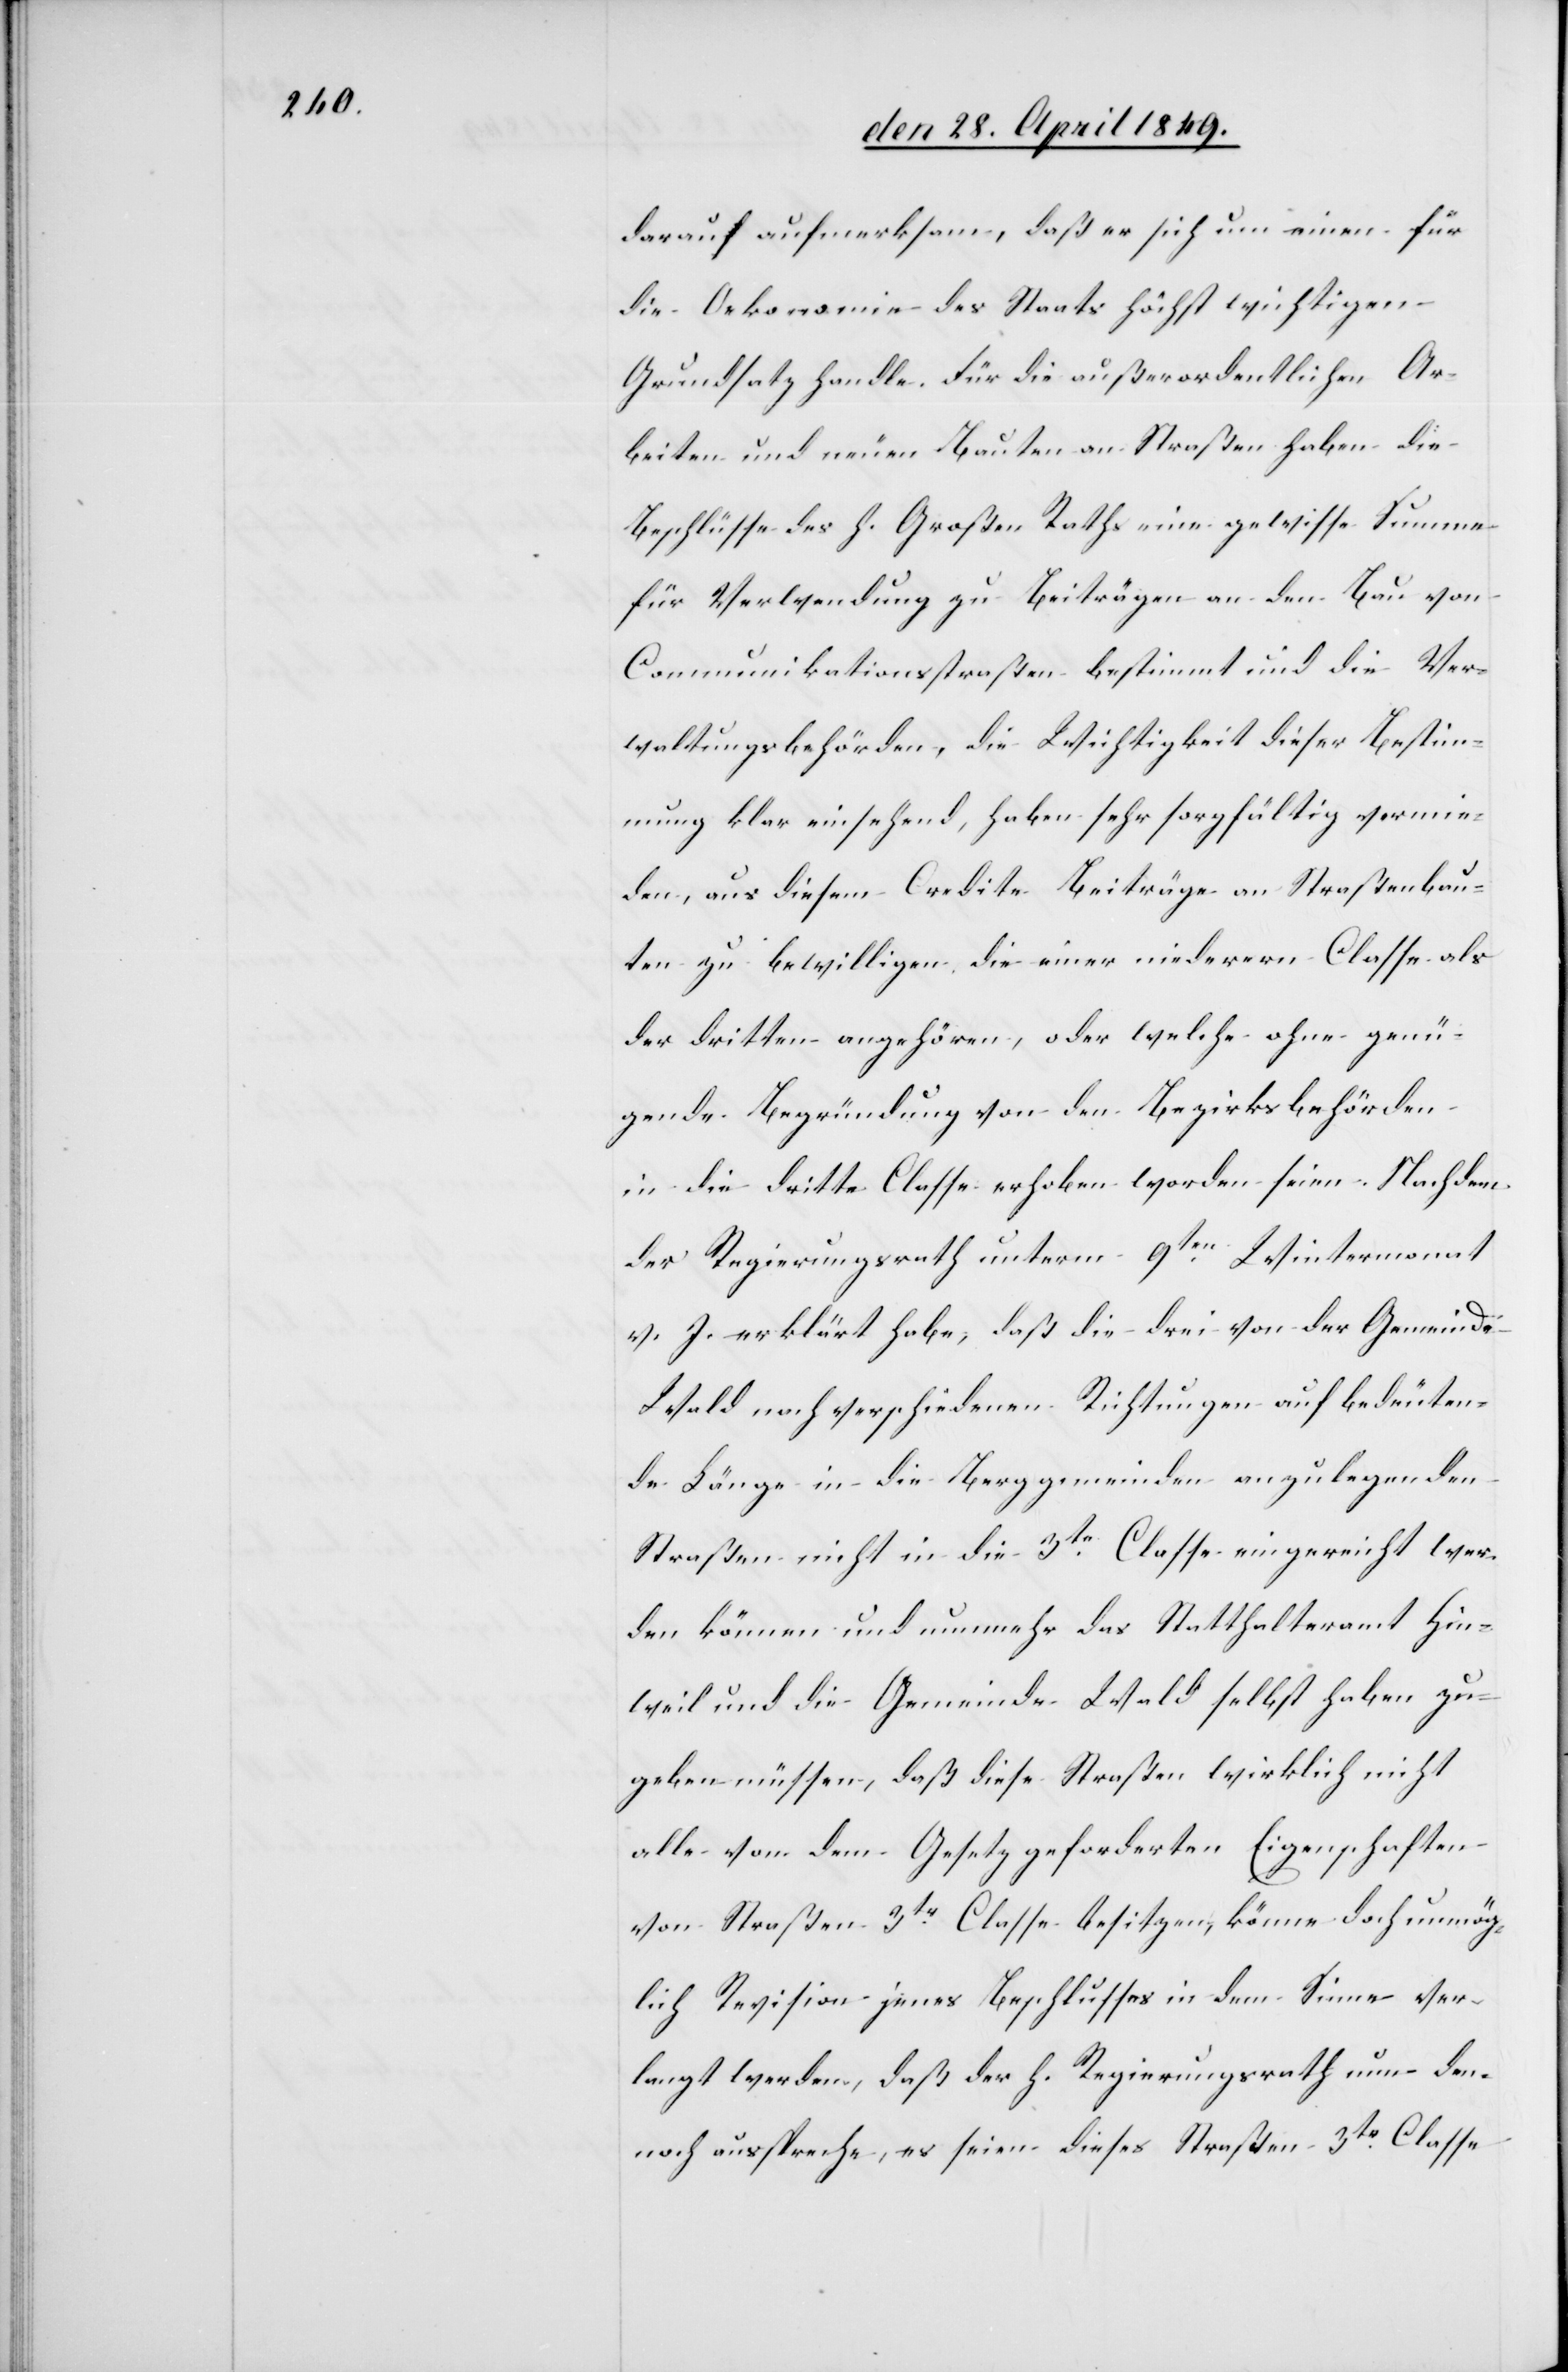
darauf aufmerksam, daß er sich um einen für
die Oekonomie des Staats höchst wichtigen
Grundsatz handle. Für die außerordentlichen Ar¬
beiten und neuen Bauten an Straßen haben die
Beschlüsse des h. Großen Raths eine gewisse Summe
für Verwendung zu Beiträgen an den Bau von
Communikationsstraßen bestimmt und die Ver¬
waltungsbehörden, die Wichtigkeit dieser Bestim¬
mung klar einsehend, haben sehr sorgfältig vermie¬
den, aus diesem Credite Beiträge an Straßenbau¬
ten zu bewilligen die einer niederern Classe als
der dritten angehören, oder welche ohne genü¬
gende Begründung von den Bezirksbehörden
in die dritte Classe erhoben worden seien. Nachdem
der Regierungsrath unterm 9ten Wintermonat
v. J. erklärt habe, daß die drei von der Gemeinde
Wald noch verschiedenen Richtungen auf bedeuten¬
de Länge in die Berggemeinden anzulegenden
Straßen nicht in die 3te Classe eingereicht wer¬
den können und nunmehr das Statthalteramt Hin¬
weil und die Gemeinde Wald selbst haben zu¬
geben müssen, daß diese Straßen wirklich nicht
alle von dem Gesetz geforderten Eigenschaften
von Straßen 3tr Classe besitzen, könne doch unmög¬
lich Revision jenes Beschlusses in dem Sinne ver¬
langt werden, daß der h. Regierungsrath nun den¬
noch ausspreche, es seien dieses [sic!] Straßen 3te Classe